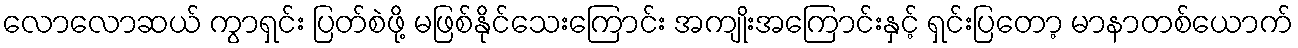
လောလောဆယ် ကွာရှင်း ပြတ်စဲဖို့ မဖြစ်နိုင်သေးကြောင်း အကျိုးအကြောင်းနှင့် ရှင်းပြတော့ မာနာတစ်ယောက်